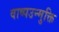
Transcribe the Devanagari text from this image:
वाष्पउन्मुक्ति